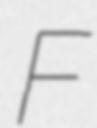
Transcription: F